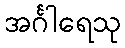
အင်္ဂါရေသု